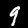
Digit: 9